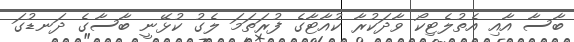
ބާސާ އާއި އެތުލެޓިކޯ ވާދަކުރާ ކުއާޓާގެ ފުރަތަމަ ލެގު ކުޅޭނީ ބާސާގެ ދަނޑުގަ